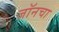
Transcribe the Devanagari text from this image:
जॉनचा